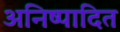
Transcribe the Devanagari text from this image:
अनिष्पादित